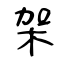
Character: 架